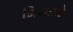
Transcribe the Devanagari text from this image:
गिनतारे